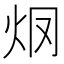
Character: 𤆳